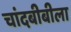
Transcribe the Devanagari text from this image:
चांदबीबीला